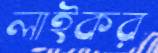
লাইকর